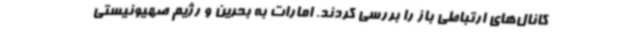
کانال‌های ارتباطی باز را بررسی کردند. امارات به بحرین و رژیم صهیونیستی